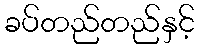
ခပ်တည်တည်နှင့်